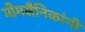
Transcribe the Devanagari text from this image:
भीमसैनिकांनी